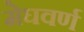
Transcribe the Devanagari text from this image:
मेघवर्ण